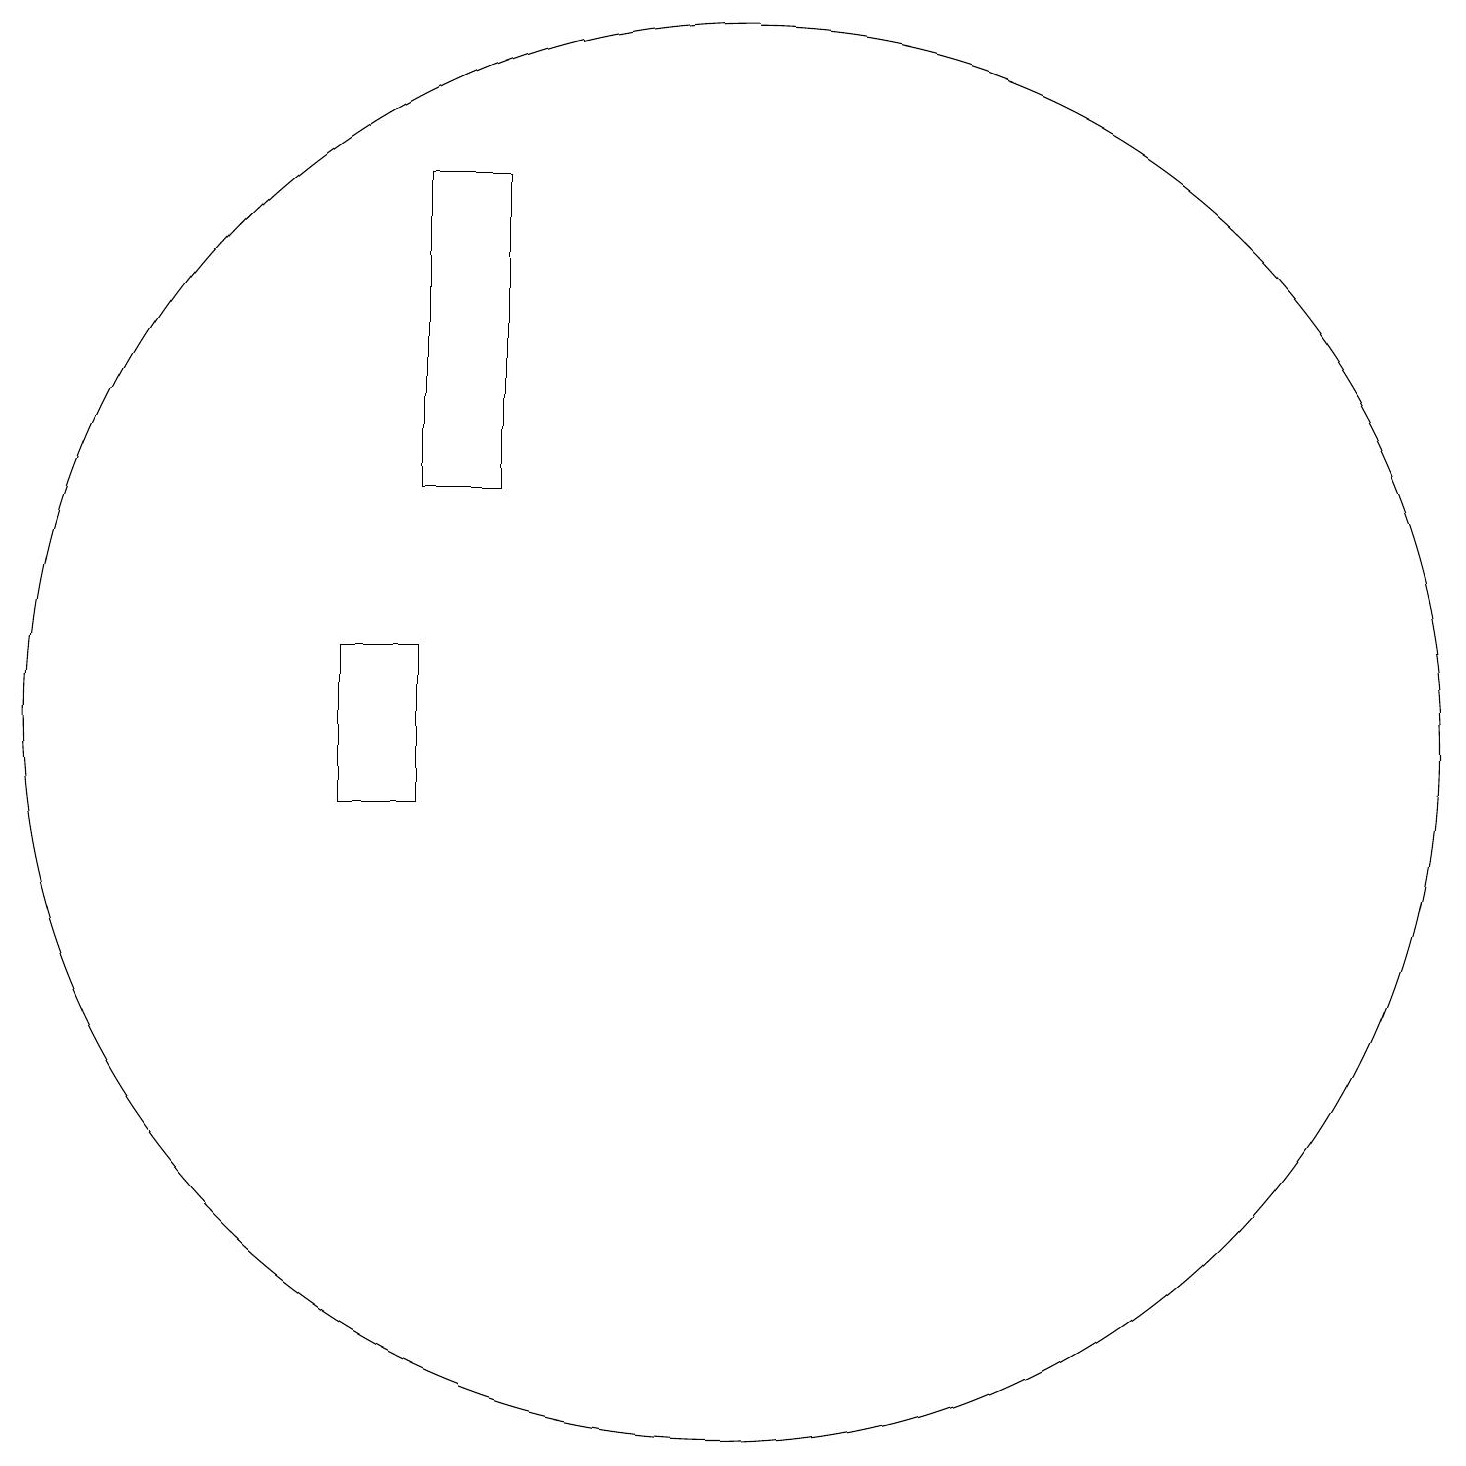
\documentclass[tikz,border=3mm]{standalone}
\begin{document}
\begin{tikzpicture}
\draw (10,12) circle (0);
\draw (6,18) rectangle (7,14);
\draw (5,10) rectangle (6,12);
\draw (10,11) circle (9);
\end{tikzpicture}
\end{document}